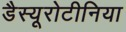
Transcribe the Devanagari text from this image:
डैस्यूरोटीनिया